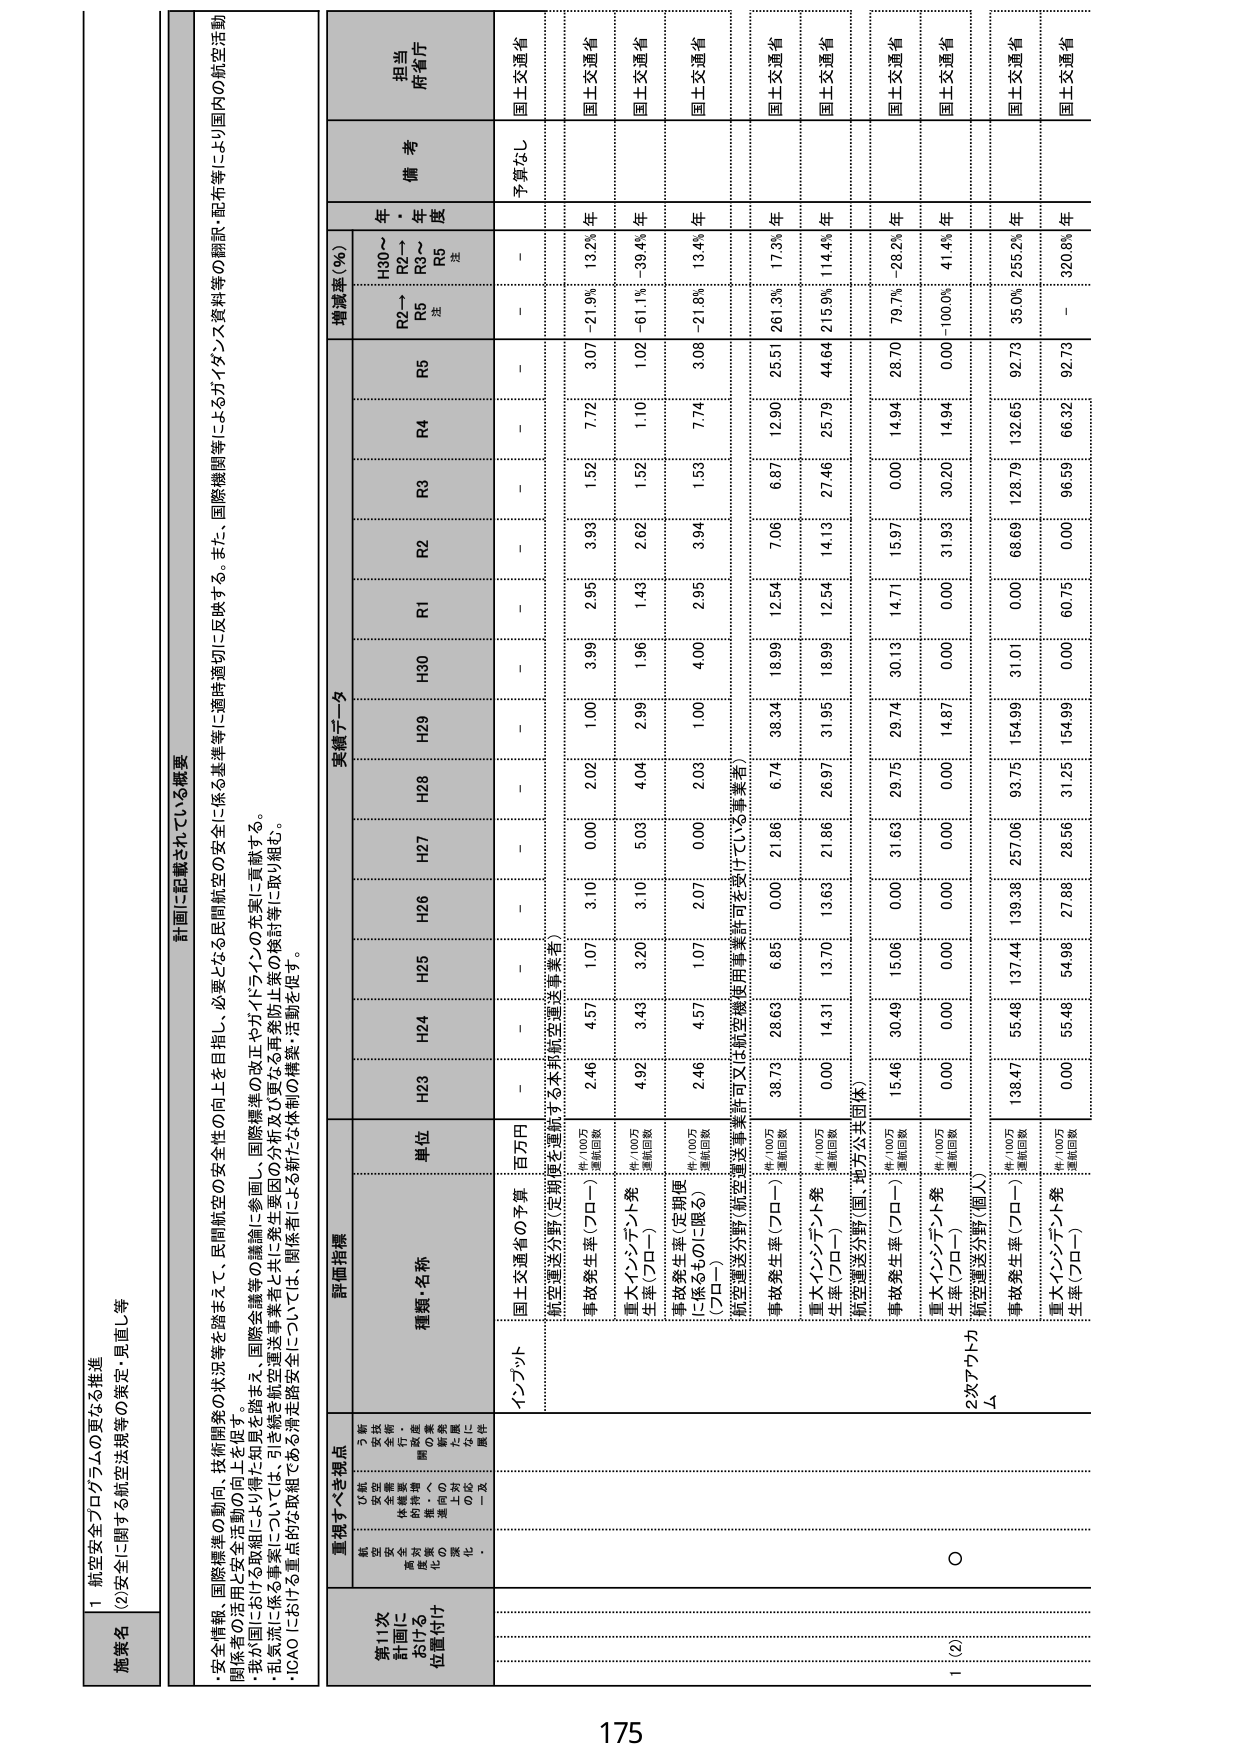
1 航空安全プログラムの更なる推進
(2)安全に関する航空法規等の策定・見直し等

施策名

計画に記載されている概要
・安全情報、国際標準の動向、技術開発の状況等を踏まえて、民間航空の安全性の向上を目指し、必要となる民間航空の安全に係る基準等に適時適切に反映する。また、国際機関等によるガイダンス資料等の翻訳・配布等により国内の航空活動関係者の活用と安全性の向上を促す。
・我が国における取組については、引き続き航空運送事業者と共に発生要因の分析及び更なる再発防止策の検討等に取り組む。
・乱気流に係る事案については、重点的な取組である滑走路安全については、関係者による新たな体制の構築・活動を促す。
・ICAOにおける重点的な取組である滑走路安全については、関係者による新たな体制の構築・活動を促す。

重視すべき視点
第11次
計画における
位置付け
航空安全に関する施策の推進を図るための基本的な視点

評価指標
種類・名称
単位
実績データ
増減率（％）
備考
担当
府省庁

H30～
R2～
R3～
R5
注
年
年
年
年

インプット
国土交通省の予算
百万円
－
－
－
－
－
－
予算なし
国土交通省

航空運送分野（定期便を運航する本邦航空運送事業者）
事故発生率（プロー）
件/100万
運航回数
2.46
4.57
1.07
3.10
0.00
2.02
1.00
3.99
2.96
3.99
1.52
7.72
3.07
-21.9%
13.2%
国土交通省

重大インシデント発生率（プロー）
件/100万
運航回数
4.92
3.49
3.20
3.10
5.00
4.04
2.99
1.96
1.40
2.62
1.52
1.10
1.02
-61.1%
-39.4%
国土交通省

事故発生率（定期便に係るものに限る）（プロー）
件/100万
運航回数
2.46
4.57
1.07
2.07
0.00
2.03
1.00
4.00
2.95
3.94
1.53
7.74
3.08
-21.8%
13.4%
国土交通省

航空運送分野（航空運送事業許可又は航空機使用事業許可を受けている事業者）
事故発生率（プロー）
件/100万
運航回数
38.73
28.63
6.85
0.00
21.86
6.74
38.34
18.99
12.54
7.06
6.87
12.90
25.51
261.3%
17.3%
国土交通省

重大インシデント発生率（プロー）
件/100万
運航回数
0.00
14.31
13.70
13.63
21.86
26.97
31.95
18.99
12.54
14.13
27.46
25.79
44.64
215.9%
114.4%
国土交通省

航空運送分野（国・地方公共団体）
事故発生率（プロー）
件/100万
運航回数
15.46
30.49
15.06
0.00
31.69
29.76
29.74
30.13
14.71
15.97
0.00
14.94
28.70
79.7%
-28.2%
国土交通省

重大インシデント発生率（プロー）
件/100万
運航回数
0.00
0.00
0.00
0.00
0.00
0.00
14.87
0.00
0.00
31.99
30.20
14.94
0.00
-100.0%
41.4%
国土交通省

2次アクトカ
Δ
航空運送分野（個人）
事故発生率（プロー）
件/100万
運航回数
138.47
55.46
137.44
139.38
257.06
83.75
154.99
31.01
0.00
68.69
128.79
132.65
92.73
35.0%
255.2%
国土交通省

重大インシデント発生率（プロー）
件/100万
運航回数
0.00
55.46
54.98
27.88
28.56
31.25
154.99
0.00
60.75
0.00
96.59
66.32
92.73
－
320.8%
国土交通省

1 (2)
O

175